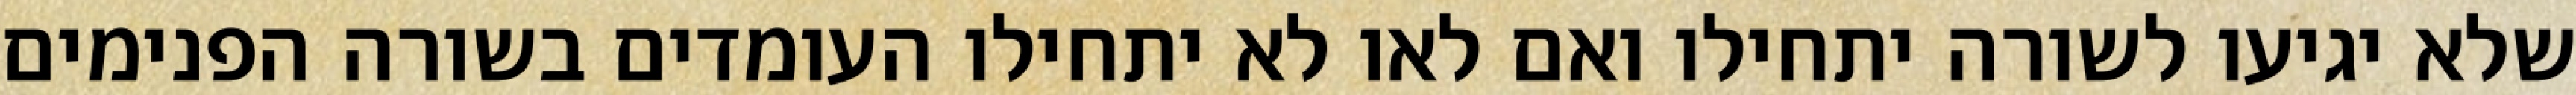
שלא יגיעו לשורה יתחילו ואם לאו לא יתחילו העומדים בשורה הפנימים